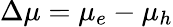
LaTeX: \Delta\mu=\mu_{e}-\mu_{h}